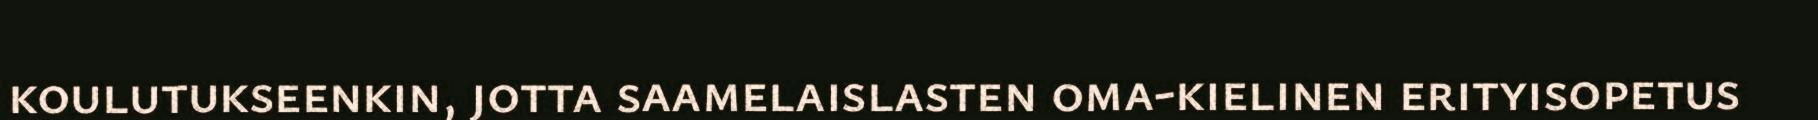
koulutukseenkin, jotta saamelaislasten oma-kielinen erityisopetus